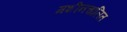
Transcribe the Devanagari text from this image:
मशीनचालित